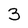
Character: 3